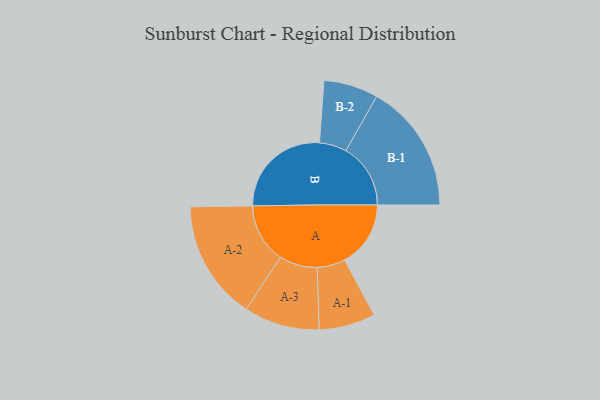
{"axis": {"x": "Segment", "y": "Value"}, "legend": ["", "A", "B"], "data": [{"x": "A", "y": 293, "type": ""}, {"x": "B", "y": 451, "type": ""}, {"x": "A-1", "y": 125, "type": "A"}, {"x": "A-2", "y": 265, "type": "A"}, {"x": "A-3", "y": 168, "type": "A"}, {"x": "B-1", "y": 287, "type": "B"}, {"x": "B-2", "y": 121, "type": "B"}]}